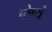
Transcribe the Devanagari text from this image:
चोष्यं